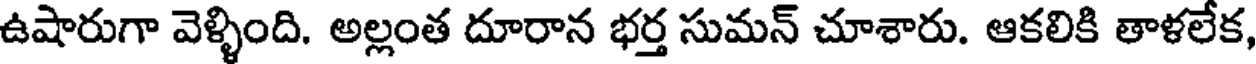
ఉషారుగా వెళ్ళింది. అల్లంత దూరాన భర్త సుమన్ చూశారు. ఆకలికి తాళలేక,